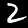
Label: 2